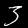
Label: 3